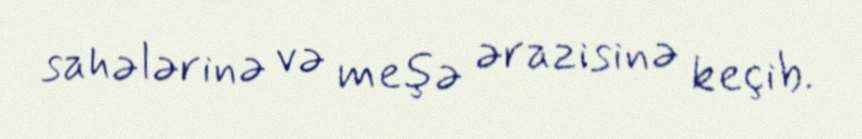
sahələrinə və meşə ərazisinə keçib.